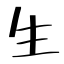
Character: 生